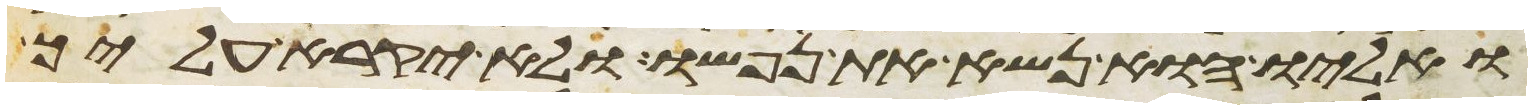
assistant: ואליו הוא נשא את נפשו ולא יקרא עליך